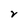
Character: r